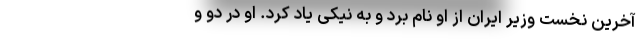
آخرین نخست وزیر ایران از او نام برد و به نیکی یاد کرد. او در دو و